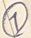
Text: 7